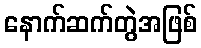
နောက်ဆက်တွဲအဖြစ်